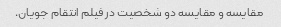
مقایسه و مقایسه دو شخصیت در فیلم انتقام جویان.